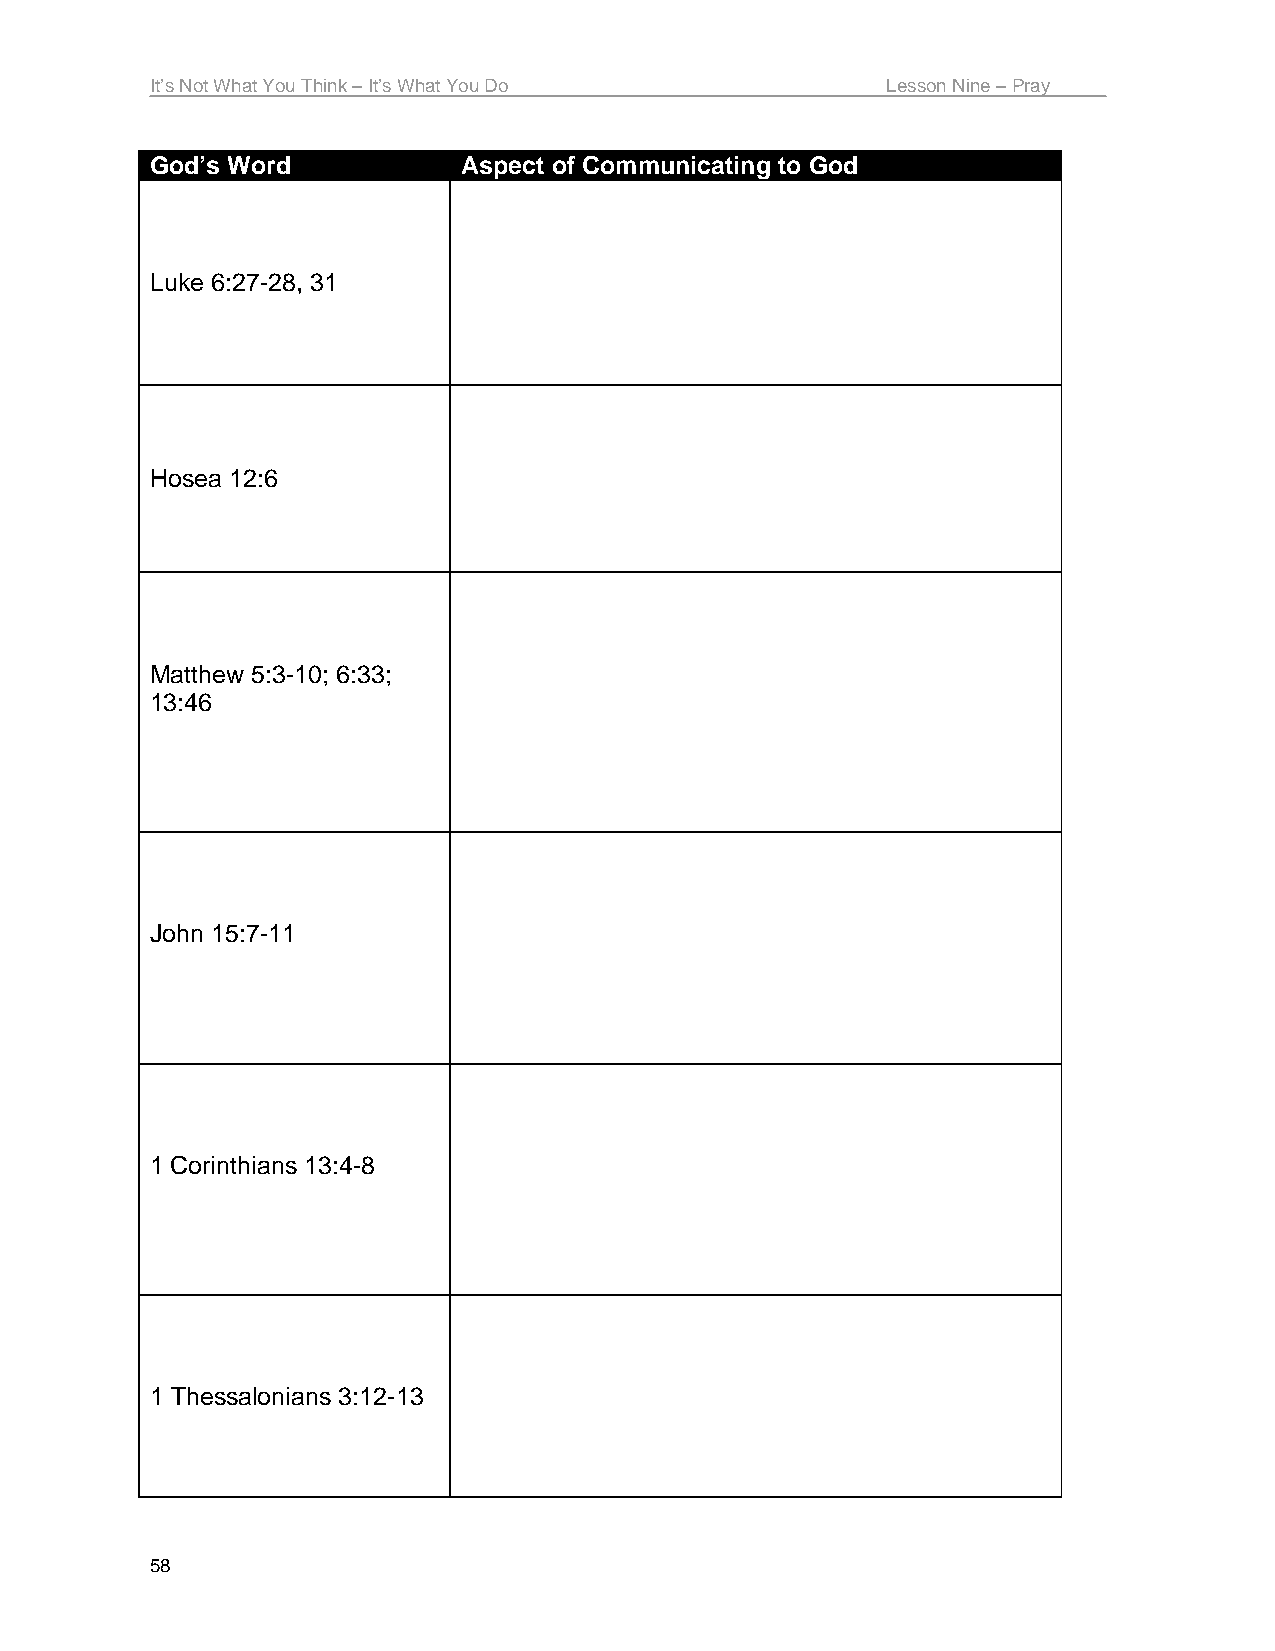
It’s Not What You Think – It’s What You Do       Lesson Nine – Pray
 God’s Word           Aspect of Communicating to God
 Luke 6:27-28, 31
 Hosea 12:6
 Matthew 5:3-10; 6:33;
 13:46
 John 15:7-11
 1 Corinthians 13:4-8
 1 Thessalonians 3:12-13
 58